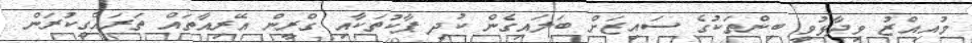
މުއިއްޒު ވިދާޅުވީ ބިންތަކުގެ ސައިޒަށް ބަލައިގެން ކުދި ޕާކުތަކާއި ގްރީން އޭރިއާތައް ތަރައްގީކުރަން